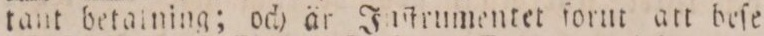
tant betalning; och är Juſtrumentet forut att beſe